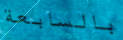
بالسابعة